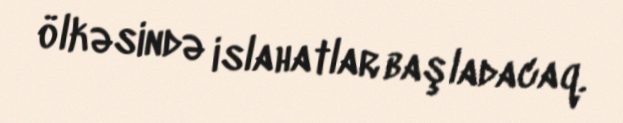
ölkəsində islahatlar başladacaq.